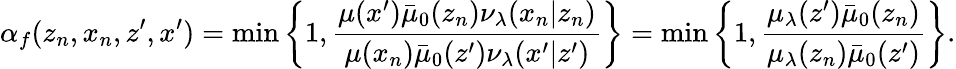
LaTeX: \alpha_{f}(z_{n},x_{n},z^{\prime},x^{\prime})=\operatorname*{min}\left\{ 1,\frac{\mu(x^{\prime})\bar{\mu}_{0}(z_{n})\nu_{\lambda}(x_{n}|z_{n})}{\mu(x_{n})\bar{\mu}_{0}(z^{\prime})\nu_{\lambda}(x^{\prime}|z^{\prime})}\right\} =\operatorname*{min}\left\{ 1,\frac{\mu_{\lambda}(z^{\prime})\bar{\mu}_{0}(z_{n})}{\mu_{\lambda}(z_{n})\bar{\mu}_{0}(z^{\prime})}\right\} .